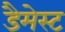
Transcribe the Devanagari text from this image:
डैमेस्ट